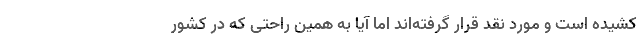
کشیده است و مورد نقد قرار گرفته‌اند اما آیا به همین راحتی که در کشور